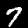
Label: 7